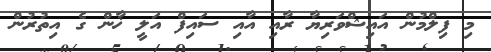
މި ފިލްމުން އައިޝްވަރިޔާ ރާއި އާއި ސައިފް އަލީ ޚާން ގެ އިތުރުން